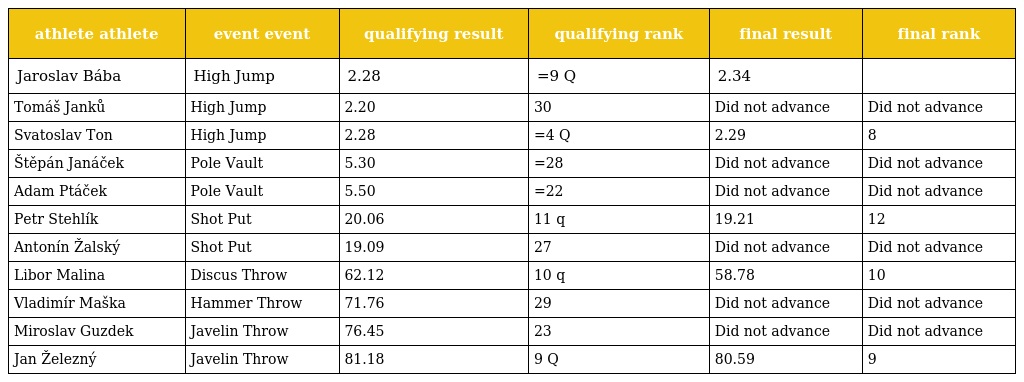
| athlete athlete | event event | qualifying result | qualifying rank | final result | final rank |
 | --- | --- | --- | --- | --- | --- |
 | Jaroslav Bába | High Jump | 2.28 | =9 Q | 2.34 |  |
 | Tomáš Janků | High Jump | 2.20 | 30 | Did not advance | Did not advance |
 | Svatoslav Ton | High Jump | 2.28 | =4 Q | 2.29 | 8 |
 | Štěpán Janáček | Pole Vault | 5.30 | =28 | Did not advance | Did not advance |
 | Adam Ptáček | Pole Vault | 5.50 | =22 | Did not advance | Did not advance |
 | Petr Stehlík | Shot Put | 20.06 | 11 q | 19.21 | 12 |
 | Antonín Žalský | Shot Put | 19.09 | 27 | Did not advance | Did not advance |
 | Libor Malina | Discus Throw | 62.12 | 10 q | 58.78 | 10 |
 | Vladimír Maška | Hammer Throw | 71.76 | 29 | Did not advance | Did not advance |
 | Miroslav Guzdek | Javelin Throw | 76.45 | 23 | Did not advance | Did not advance |
 | Jan Železný | Javelin Throw | 81.18 | 9 Q | 80.59 | 9 |